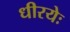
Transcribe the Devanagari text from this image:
धीरयेः